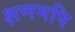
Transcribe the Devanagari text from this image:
क्षणमपि